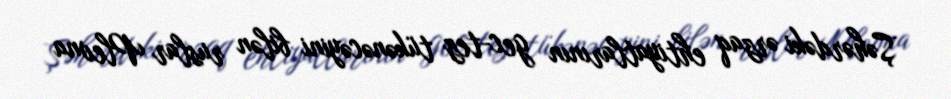
Şəhərdəki ərzaq ehtiyatlarının gec-tez tükənəcəyini bilən ruslar Plevna